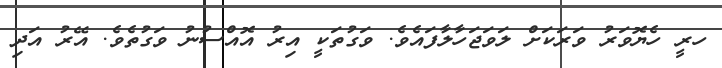
ހރީ ހެޔޮވަރު ވަރަކަށް ލަވަޖަހާލާފައެވެ. ވަގުތަކީ އިރު އޮއްސުނު ވަގުތެވެ. އޭރު އަދި